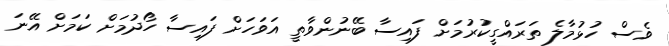
ވެސް ހުޅުމާލެ ތަރައްގީކުރުމަށް ފައިސާ ބޭނުންވާތީ އަވަހަށް ފައިސާ ހޯދުމަށް ކަމަށް އޭނަ